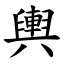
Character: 輿